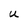
Character: U